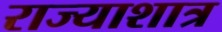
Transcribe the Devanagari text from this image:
राज्याशात्र